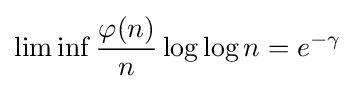
\lim \inf {\frac {\varphi (n)}{n}}\log \log n=e^{-\gamma }